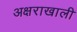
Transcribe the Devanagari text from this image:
अक्षराखाली